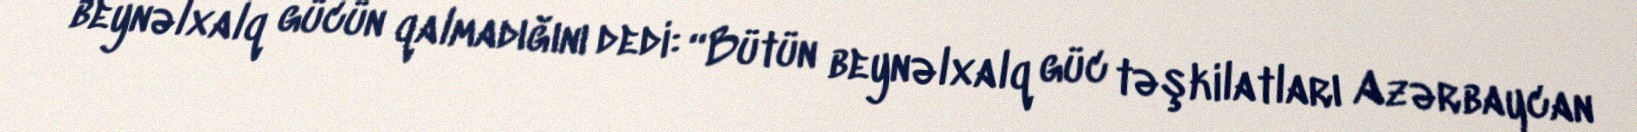
beynəlxalq gücün qalmadığını dedi: “Bütün beynəlxalq güc təşkilatları Azərbaycan